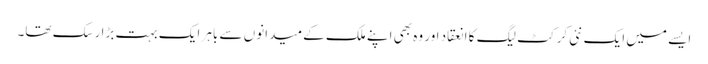
ایسے میں ایک نئی کرکٹ لیگ کا انعقاد اور وہ بھی اپنے ملک کے میدانوں سے باہر ایک بہت بڑا رسک تھا۔